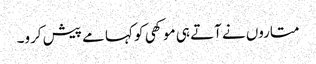
متاروں نے آتے ہی موکھی کو کہا مے پیش کرو۔